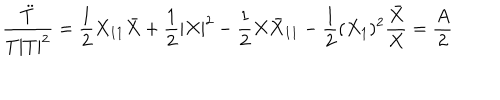
LaTeX: \frac { \ddot { T } } { T | T | ^ { 2 } } = \frac { 1 } { 2 } X _ { 1 1 } \bar { X } + \frac { 1 } { 2 } | X | ^ { 2 } - \frac { 1 } { 2 } X { \bar { X } } _ { 1 1 } - \frac { 1 } { 2 } ( X _ { 1 } ) ^ { 2 } \frac { \bar { X } } { X } = \frac { A } { 2 }